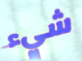
شيء